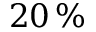
2 0 \, \%